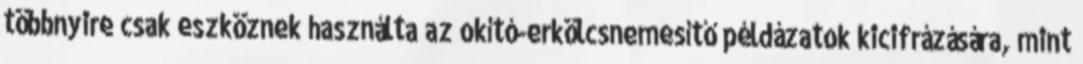
többnyire csak eszköznek használta az okító-erkölcsnemesítő példázatok kicifrázására, mint